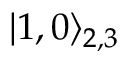
| 1 , 0 \rangle _ { 2 , 3 }